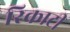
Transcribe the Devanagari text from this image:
रिकाटी